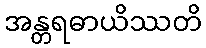
အန္တရဓာယိဿတိ